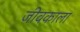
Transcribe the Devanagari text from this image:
जीवकाला